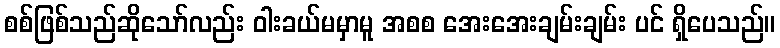
စစ်ဖြစ်သည်ဆိုသော်လည်း ဝါးခယ်မမှာမူ အစစ အေးအေးချမ်းချမ်း ပင် ရှိပေသည်။